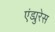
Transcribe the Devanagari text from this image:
एंड्युरेस